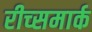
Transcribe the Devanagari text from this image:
रीच्समार्क